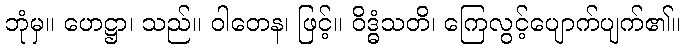
ဘုံမှ။ ဟေဋ္ဌာ၊ သည်။ ဝါတေန၊ ဖြင့်။ ဝိဒ္ဓံသတိ၊ ကြေလွင့်ပျောက်ပျက်၏။